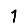
Digit: 1